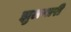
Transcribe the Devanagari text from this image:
झुलणारी